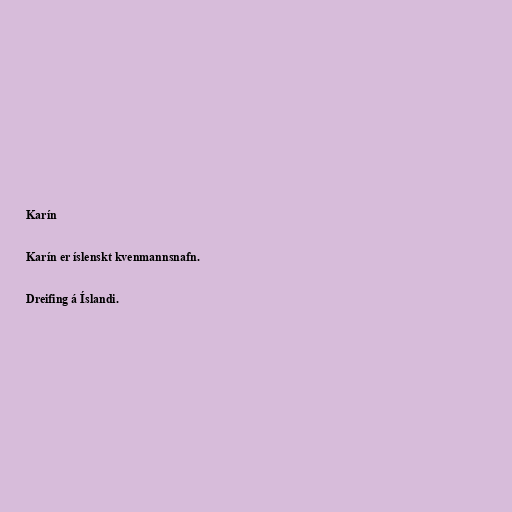
Karín

Karín er íslenskt kvenmannsnafn.

Dreifing á Íslandi.